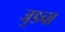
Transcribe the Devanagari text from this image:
जुडना